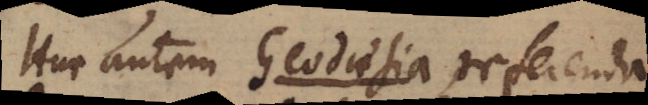
Huc autem Geodaesia referenda